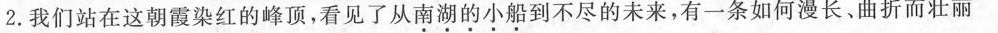
2.我们站在这朝霞染红的峰顶，看见了从南湖的小船到不尽的未来，有一条如何漫长、曲折而壮丽